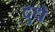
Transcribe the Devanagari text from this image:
दुधे